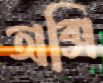
অক্সি